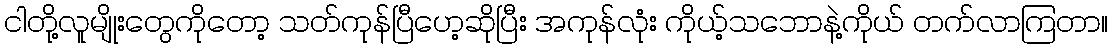
ငါတို့လူမျိုးတွေကိုတော့ သတ်ကုန်ပြီဟေ့ဆိုပြီး အကုန်လုံး ကိုယ့်သဘောနဲ့ကိုယ် တက်လာကြတာ။